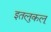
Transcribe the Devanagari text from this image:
इतलुकल्